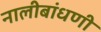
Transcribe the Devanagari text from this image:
नालीबांधणी